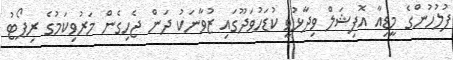
ފުލުހުންގެ މީޑިއާ އޮފިޝަލް ވިދާޅުވީ ކުޑަހުވަދޫގައި ޒުވާނަކު ދަން ޖެހިގެން މަރުވިކަމުގެ ރިޕޯޓު